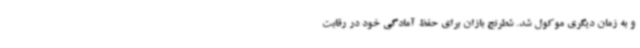
و به زمان دیگری موکول شد. شطرنج بازان برای حفظ آمادگی خود در رقابت